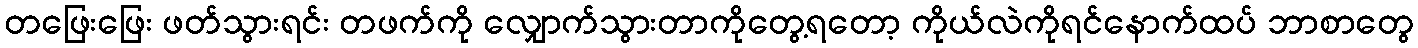
တဖြေးဖြေး ဖတ်သွားရင်း တဖက်ကို လျှောက်သွားတာကိုတွေ့ရတော့ ကိုယ်လဲကိုရင်နောက်ထပ် ဘာစာတွေ